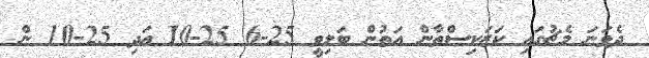
ދެވަނަ މެޗުގައި ކަޒަކިސްތާން އަތުން ބަލިވީ 25-6 25-10 އަދި 25-10 ން